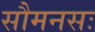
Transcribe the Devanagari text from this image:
सौमनसः